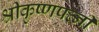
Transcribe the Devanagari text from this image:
श्रीकृष्णपत्नी